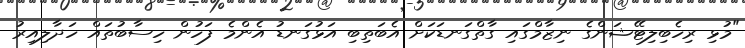
"މުޅި ރިހެބިލިޓޭޝަންގެ ނިޒާމްގައި ގާތްގަނޑަކަށް އެބަތިބި އަޅުގަނޑު އެންމެ ފަހުން ހިސާބުތައް ހަދާލިއިރު